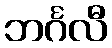
ဘင်္ဂလီ